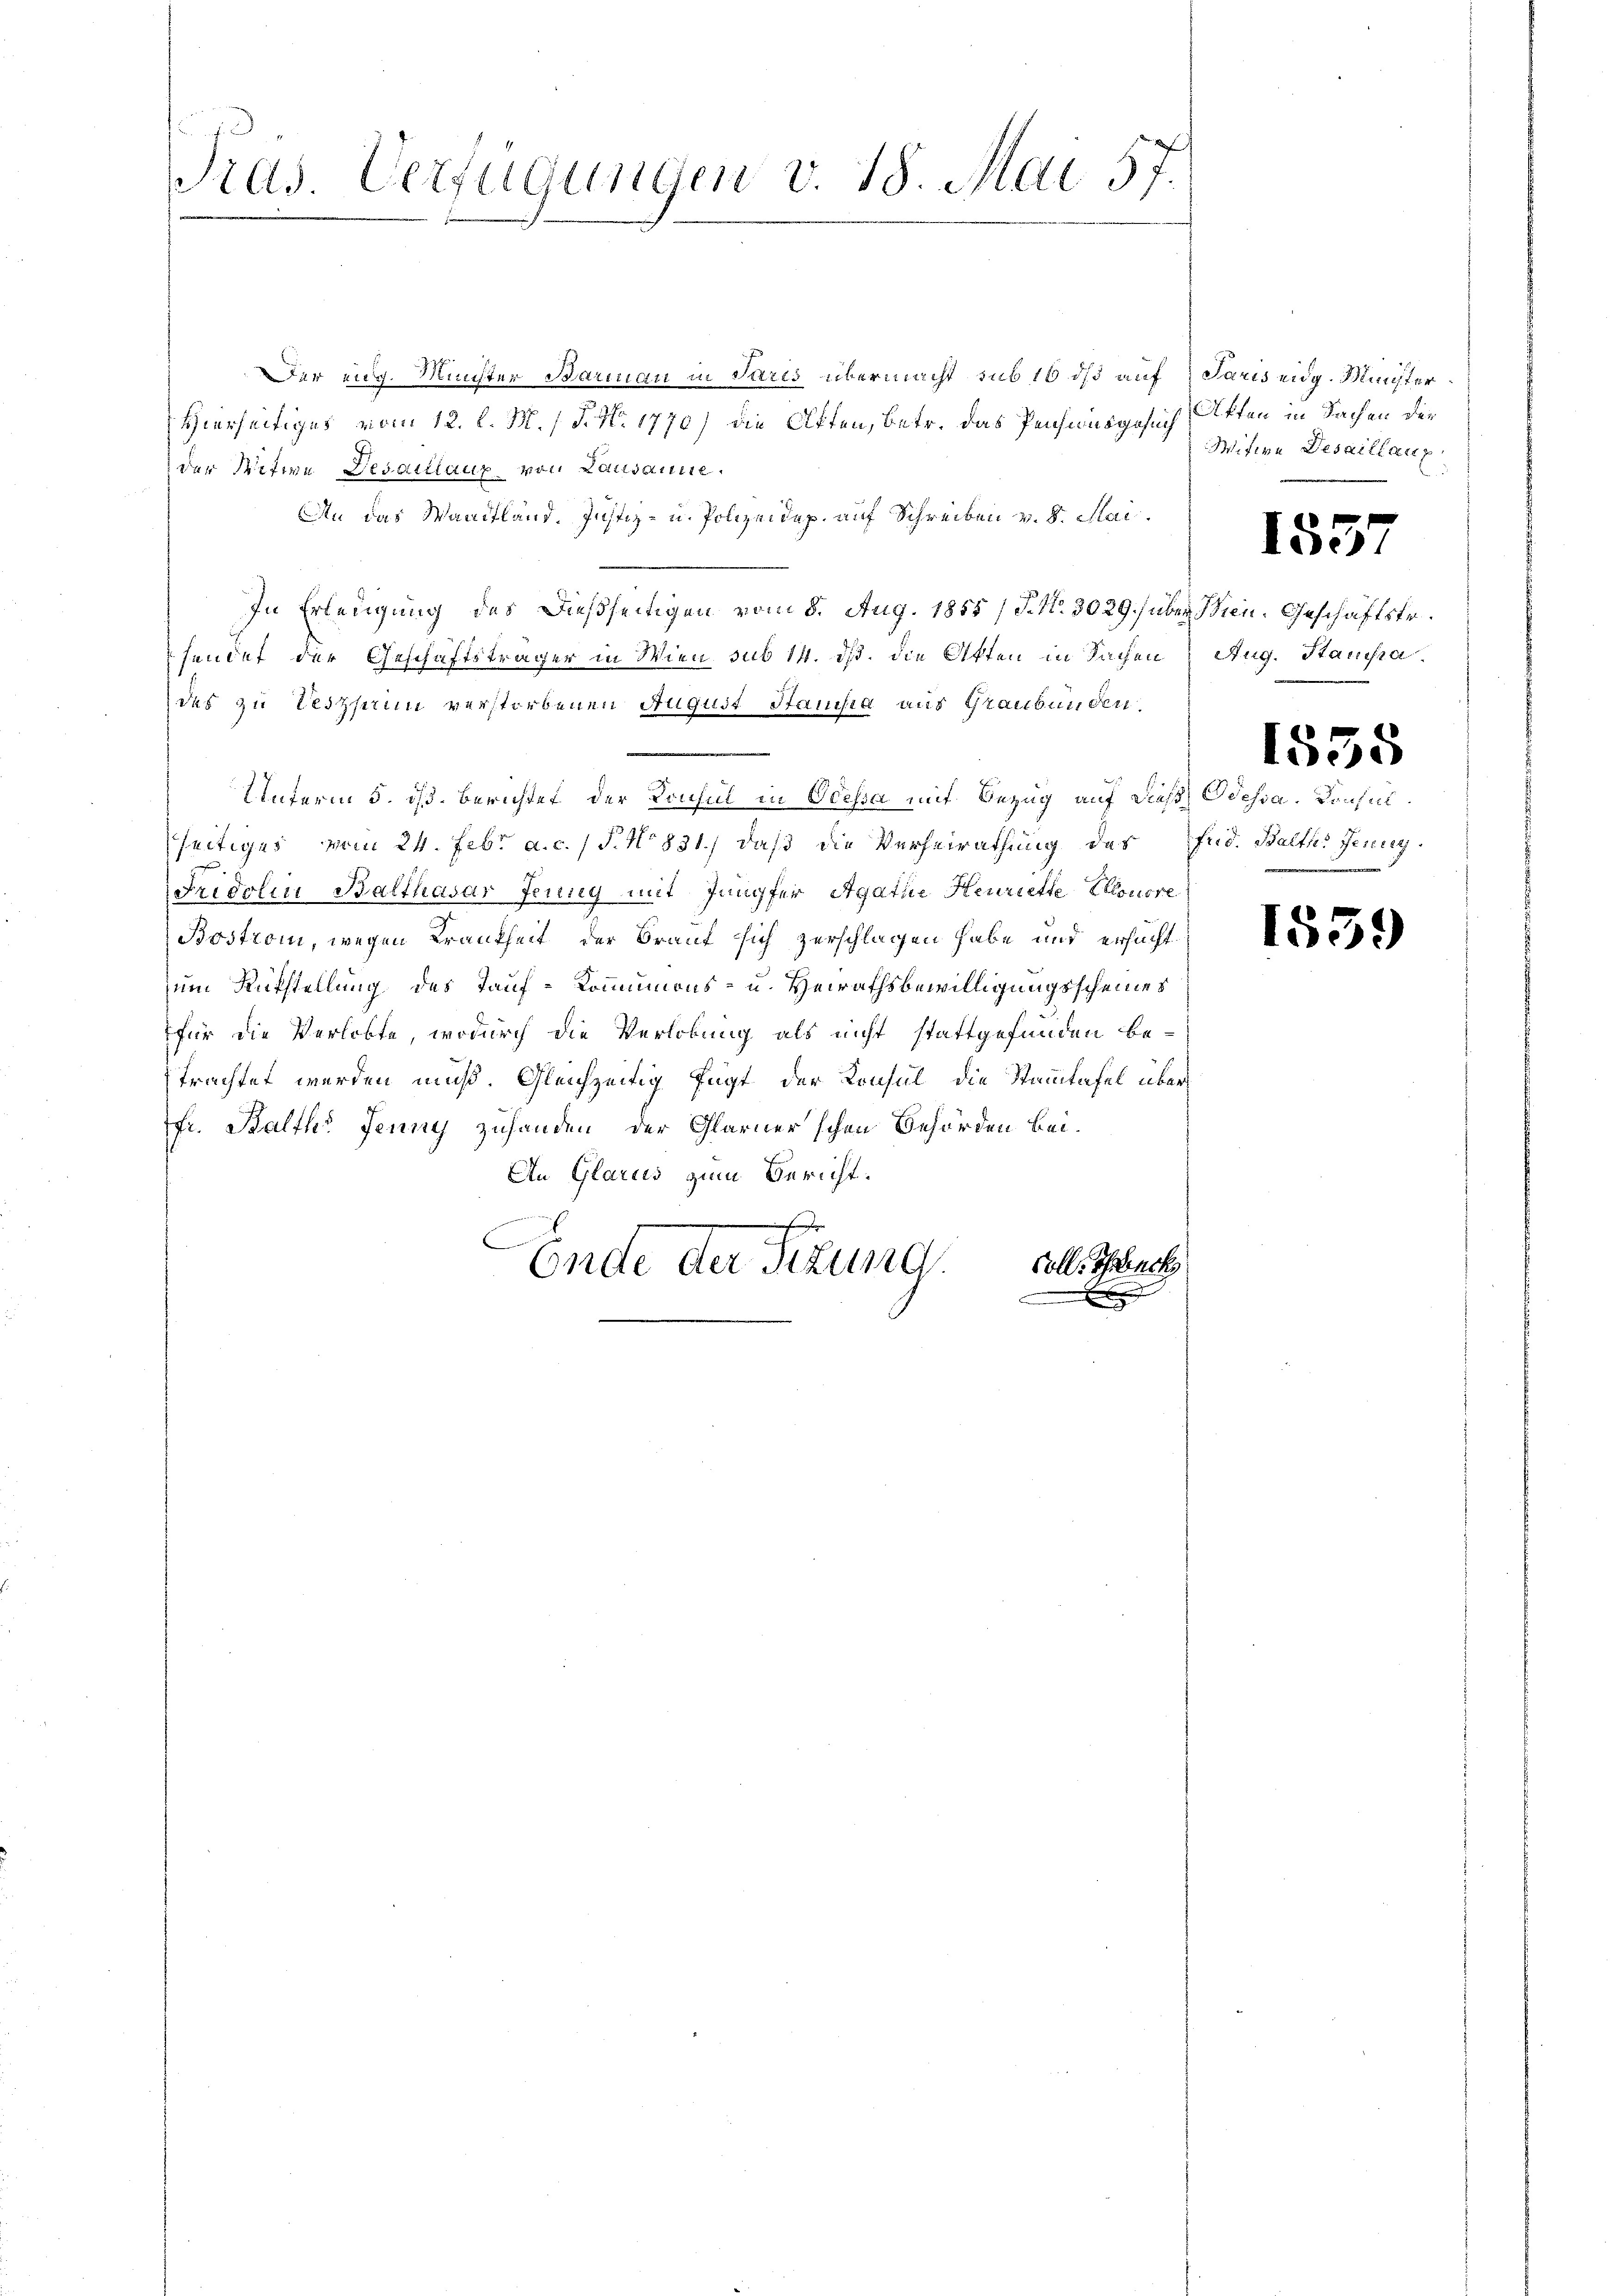
t
Pras. Verfügungen v. 18. Mai 57.

77.
Der eig. Minister Barman in Paris übermacht sub 16 dß auf Paris eidg. Münster
Hierseitiges vom 12. l. M. / P. Nr. 1770) die Offen, betr. das Pensionsgesuch, Aften in Sachen der
der Witwe Desartiaux, von Lausanne.
An das Waadtland. Justiz- u. Polizeidep. auf Schreiben v. 8. Mai
In Erledigung des dießseitigen vom 8. Aug. 1855/ P. No. 3029.) über Wien. Geschäftstr.
fendet der Geschäftsträger in Wien, sub 14. ds. die Akten in Sachen Aug. Stanisa
des zu Veszheim verstorbenen August Stanisa aus Graubünden.
Unterm 5. dß. Berichtet der Konsul in Odessa mit Bezug auf dieß Odessa. Konsulseitiges vom 24. Febr. a. c. / P. No 831., daß die Verheirathung des Fud. Balth. Jung¬
Fridolin Balthasar Jensey mit Jungfer Agathe Henriette Eleonore
Bostrom, wegen Krankheit der Braut sich zerschlagen habe und ersuchtzum Rükstellung des Tauf-Kommunions- u. Heirathsbewilligungsscheines
für die Verlobte, wodurch die Verlobung als nicht stattgefunden be-
trachtet werden muß. Gleichzeitig fügt der Konsul die Stammtafel überfr. Balth. Jenny zuhanden der Glarner'schen Behörden bei.
An Glarus zum Bericht.
mine gegen |
Coll. Schreck
Ende der Sizung.
e
e
.

Mitere Desaillanz
.

1557

1555

1539